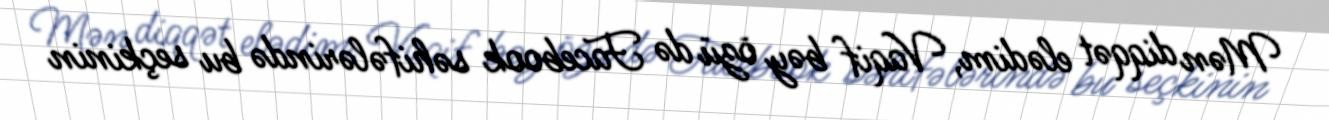
Mən diqqət elədim, Vaqif bəy özü də Facebook səhifələrində bu seçkinin